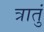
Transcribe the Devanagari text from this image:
त्रातुं